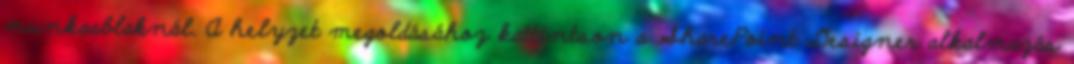
munkaablaknál. A helyzet megoldásához kattintson a SharePoint Designer alkalmazás